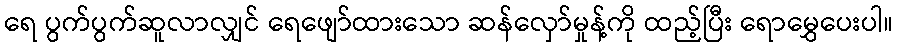
ရေ ပွက်ပွက်ဆူလာလျှင် ရေဖျော်ထားသော ဆန်လှော်မှုန့်ကို ထည့်ပြီး ရောမွှေပေးပါ။